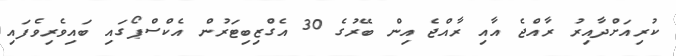
ކުރިއަށްދާއިރު ރާއްޖެ އާއި ރާއްޖެ އިން ބޭރުގެ 30 އެގްޒިބިޓަރުން އެކްސްޕޯގައި ބައިވެރިވެފައި